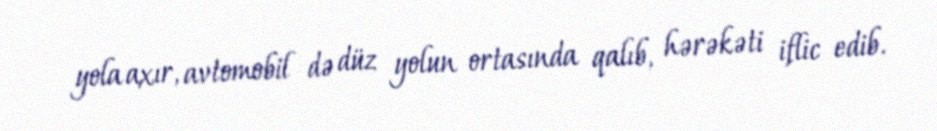
yola axır, avtomobil də düz yolun ortasında qalıb, hərəkəti iflic edib.